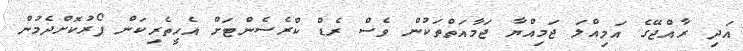
އަދި ރާއްޖޭގެ އަމިއްލަ ޖަމިއްޔާ ޖަމާއަތްތަކުން ވެސް ރެޑް ކްރެސެންޓަށް އެހީތެރިކަން ފޯރުކޮށްދެމުން